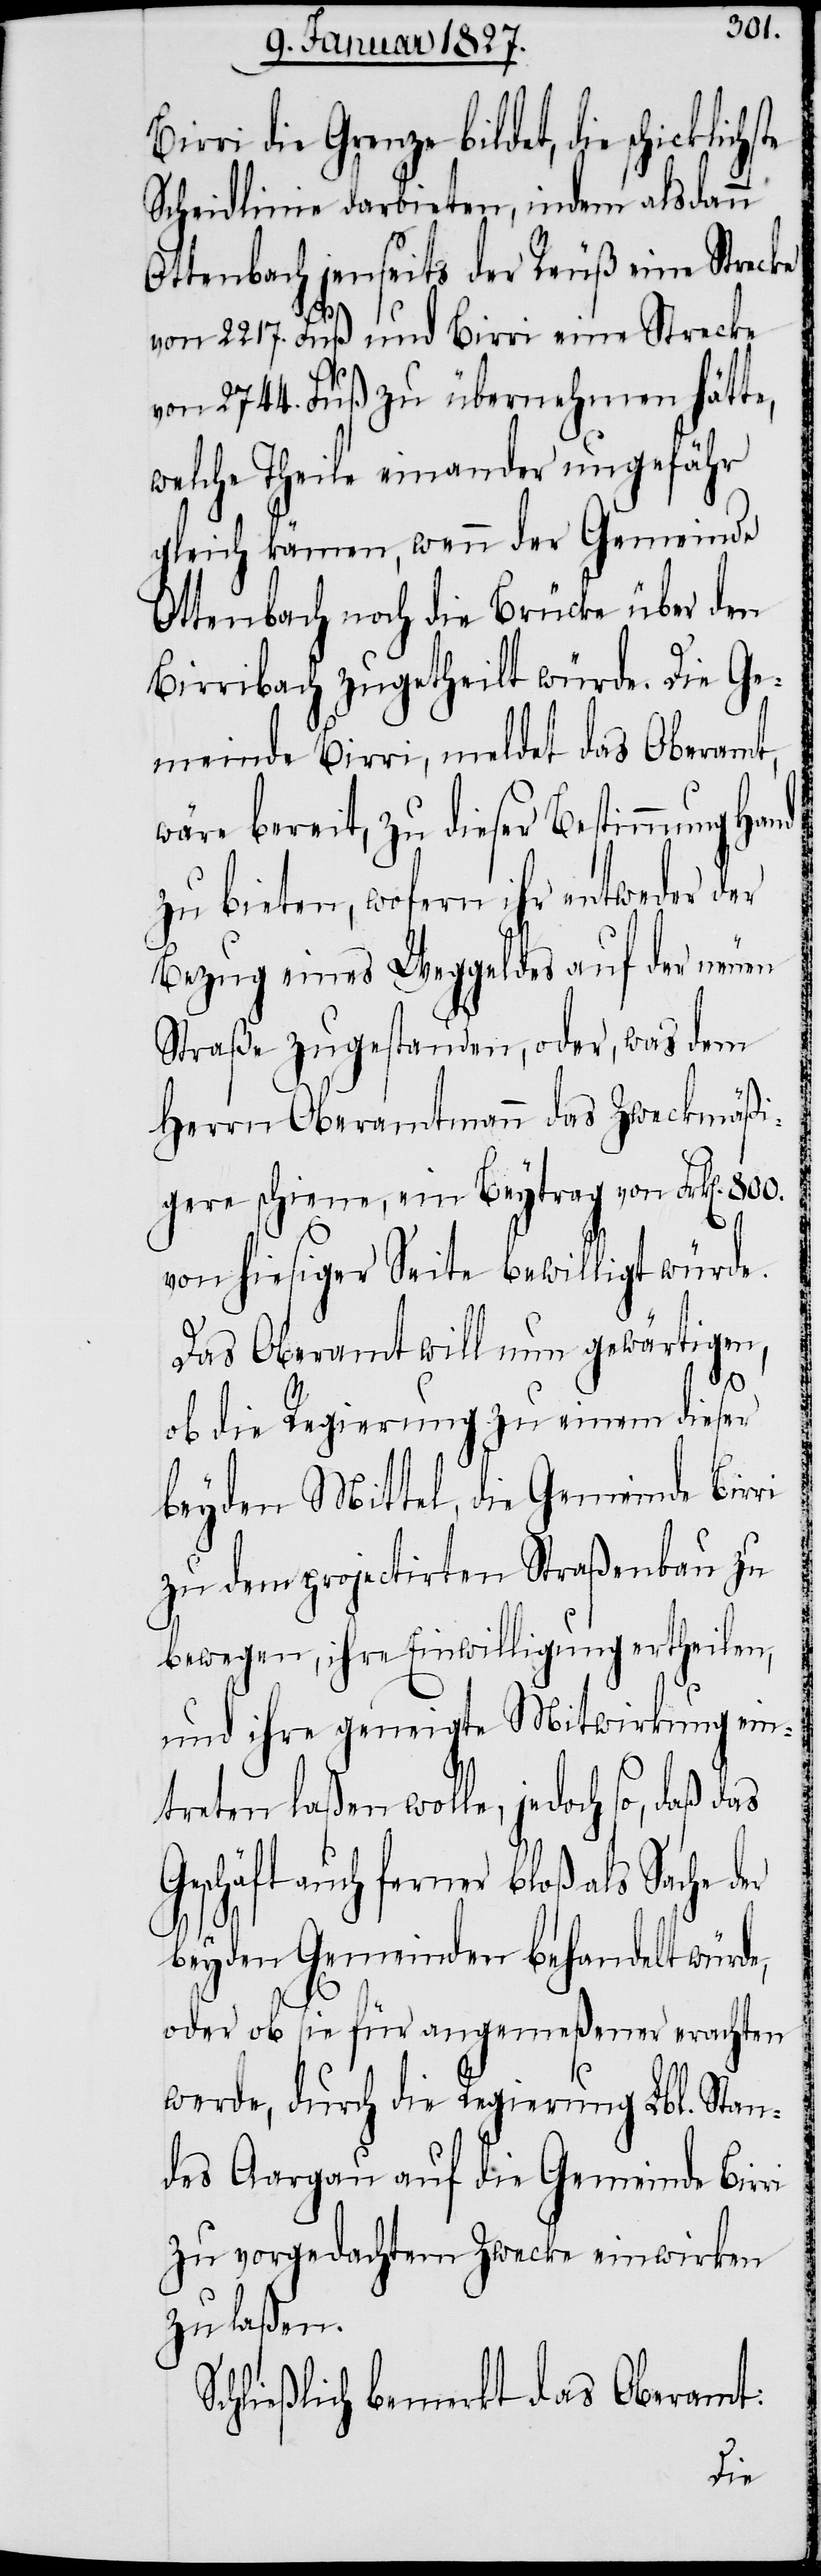
800.
Birri die Grenze bildet, die schickli¬
Scheidlinie darbieten, indem alsdann
Ottenbach jenseits der Reuß eine Strecke
von 2217. Fuß und Birri eine Strecke
von 2744. Fuß zu übernehmen hätte,
welche Theile einander ungefähr
gleich kämen, wenn der Gemeinde
Ottenbach noch die Brücke über den
Birribach zugetheilt würde. Die Ge¬
meinde Birri, meldet das Oberamt,
wäre bereit, zu dieser Bestimmung Hand
zu bieten, wofern ihr entweder der
Bezug eines Weggeldes auf der neuen
Straße zugestanden, oder, was dem
Herrn Oberamtmann das Zweckmäßi¬
gere schiene, ein Beytrag von Frk[en].
von hiesiger Seite bewilligt würde.
Das Oberamt will nun gewärtigen,
der
ob die Regierung zu einem dieser
beyden Mittel, die Gemeinde Birri
zu dem projectirten Straßenbau zu
bewegen, ihre Einwilligung ertheilen,
und ihre geneigte Mitwirkung ein¬
treten laßen wolle, jedoch so, daß das
schäft auch ferner bloß als Sache
beyden Gemeinden behandelt würde,
oder ob sie für angemeßener erachten
werde, durch die Regierung Lbl. Stan¬
des Aargau auf die Gemeinde Birri
zu vorgedachtem Zwecke einwirken
zu laßen.
Schließlich bemerkt das Oberamt: